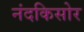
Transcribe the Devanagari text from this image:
नंदकिसोर